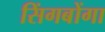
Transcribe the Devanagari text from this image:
सिंगबोंगा